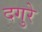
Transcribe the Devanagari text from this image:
दगुरे